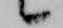
候